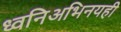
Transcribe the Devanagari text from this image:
ध्वनिअभिनयही